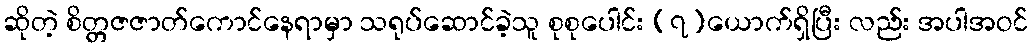
ဆိုတဲ့ စိတ္တဇဇာတ်ကောင်နေရာမှာ သရုပ်ဆောင်ခဲ့သူ စုစုပေါင်း (၇)ယောက်ရှိပြီး လည်း အပါအဝင်